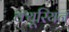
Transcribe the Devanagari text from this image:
क्यूरियन